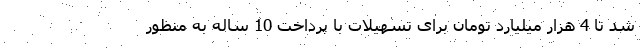
شد تا 4 هزار میلیارد تومان برای تسهیلات با پرداخت 10 ساله به منظور